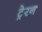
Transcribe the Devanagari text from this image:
ट्रेरन